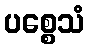
ပစ္စေသံ